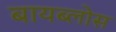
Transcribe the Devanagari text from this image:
बायब्लोस